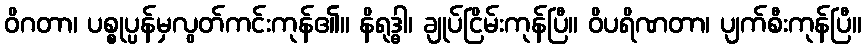
ဝိဂတာ၊ ပစ္စုပ္ပန်မှလွတ်ကင်းကုန်၏။ နိရုဒ္ဓါ၊ ချုပ်ငြိမ်းကုန်ပြီ။ ဝိပရိဏတာ၊ ပျက်စီးကုန်ပြီ။